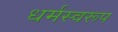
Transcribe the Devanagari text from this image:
धर्मस्वरूप